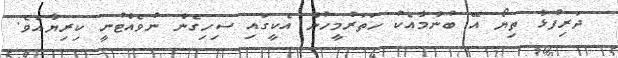
ދަރިފުޅާ ތިޔޯ އޭ ބުނުމާއެކު ހަތަރުމީހުން އެކީގައި ސިހިގެން ނުވެއްޓުނީ ކިރިޔާއެވެ.